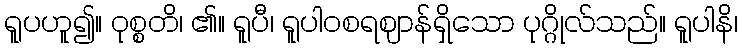
ရူပဟူ၍။ ဝုစ္စတိ၊ ၏။ ရူပီ၊ ရူပါဝစရဈာန်ရှိသော ပုဂ္ဂိုလ်သည်။ ရူပါနိ၊